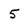
Character: 5